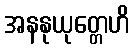
အနနုယုတ္တေဟိ